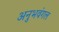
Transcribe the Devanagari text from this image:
अनुभवंगल